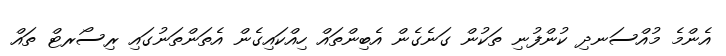
އެންމެ މުއްސަނދި ކުންފުނި ތަކުން ގަނެގެން އެބިންތައް ހިއްކައިގެން އެތަންތަނުގައި ރިސޯރޓް ތައް